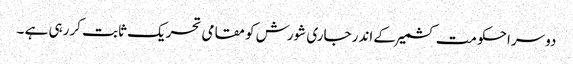
دوسرا حکومت کشمیر کے اندر جاری شورش کو مقامی تحریک ثابت کررہی ہے ۔